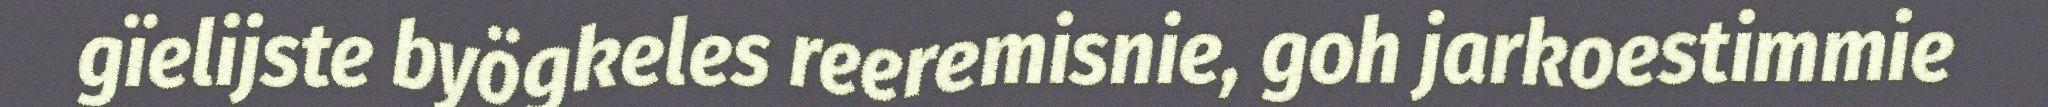
gïelijste byögkeles reeremisnie, goh jarkoestimmie